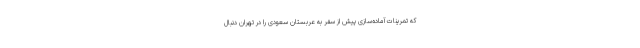
که تمرینات آماده‌سازی پیش از سفر به عربستان سعودی را در تهران دنبال